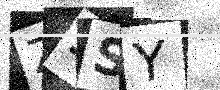
Text: Z3SY